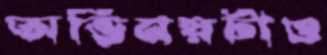
অভিনয়টাও